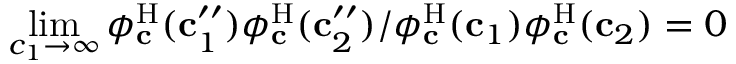
\operatorname* { l i m } _ { c _ { 1 } \to \infty } { \phi _ { \mathbf { c } } ^ { \mathrm { H } } ( \mathbf { c } _ { 1 } ^ { \prime \prime } ) \phi _ { \mathbf { c } } ^ { \mathrm { H } } ( \mathbf { c } _ { 2 } ^ { \prime \prime } ) } / { \phi _ { \mathbf { c } } ^ { \mathrm { H } } ( \mathbf { c } _ { 1 } ) \phi _ { \mathbf { c } } ^ { \mathrm { H } } ( \mathbf { c } _ { 2 } ) } = 0